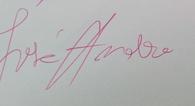
Signature authenticity: genuine